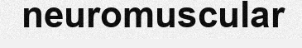
neuromuscular